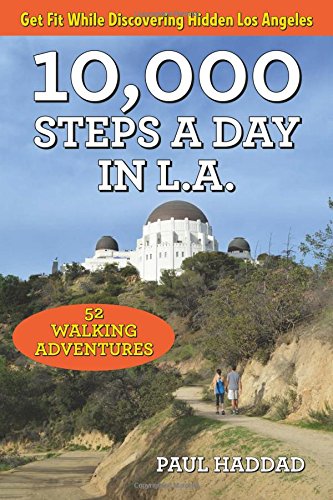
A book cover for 10,000 Steps a Day in L.A.: 52 Walking Adventures; Paul Haddad; Health, Fitness & Dieting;